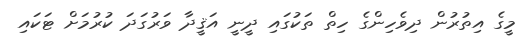
މީގެ އިތުރުން ދިވެހިންގެ ހިތް ތަކުގައި ދީނީ އަޤީދާ ވަރުގަދަ ކުރުމަށް ޓަކައި